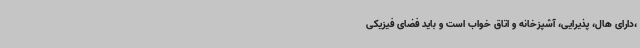
،دارای هال، پذیرایی، آشپزخانه و اتاق خواب است و باید فضای فیزیکی